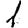
Digit: 1